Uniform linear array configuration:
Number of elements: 12
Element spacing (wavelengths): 1
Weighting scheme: exponential
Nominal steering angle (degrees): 30
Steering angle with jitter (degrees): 28.676
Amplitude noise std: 0.05
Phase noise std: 0.05

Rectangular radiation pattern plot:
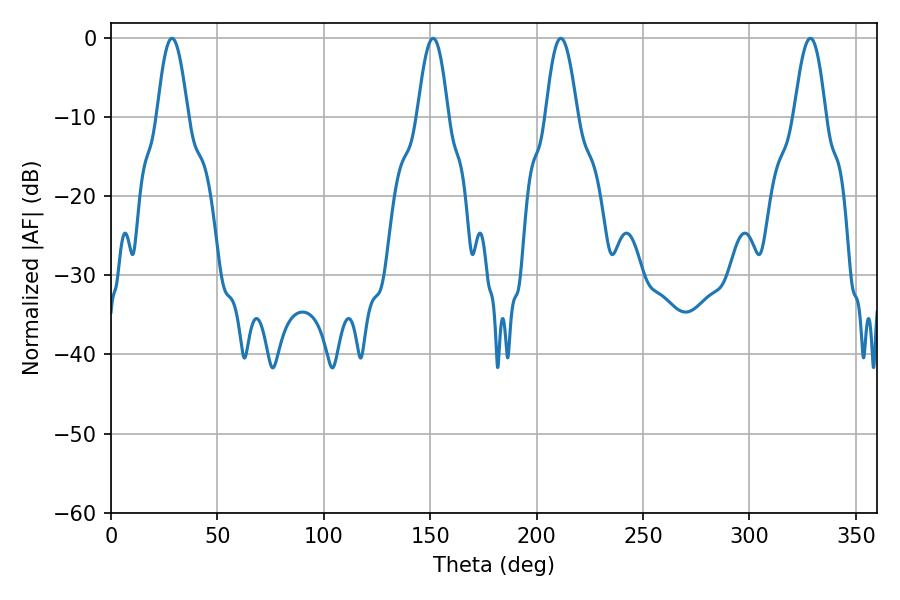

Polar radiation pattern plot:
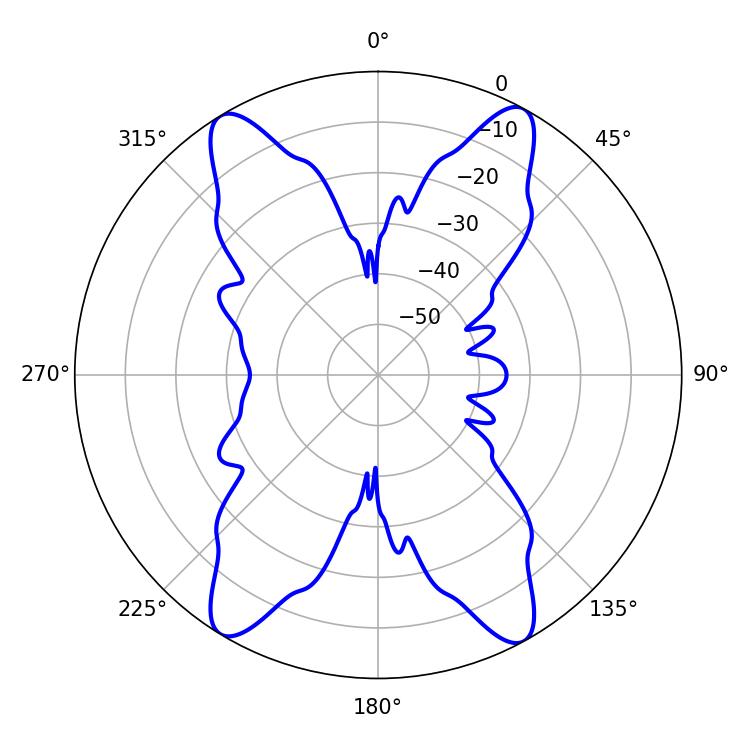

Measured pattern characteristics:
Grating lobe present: TRUE
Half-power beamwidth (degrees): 7.74
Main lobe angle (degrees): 28.62